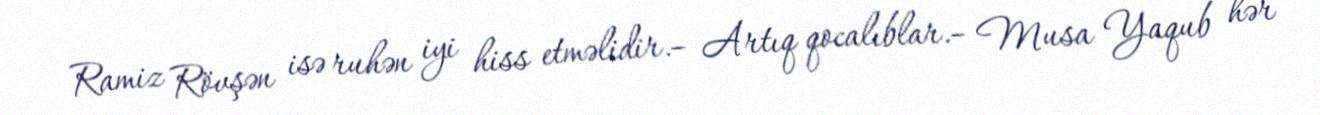
Ramiz Rövşən isə ruhən iyi hiss etməlidir.– Artıq qocalıblar.– Musa Yaqub hər